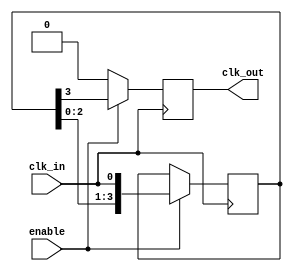
module delay_clock_buffer #(
    parameter DELAY_STAGES = 4  // Number of delay stages (configurable)
)(
    input wire clk_in,           // Input clock signal
    input wire enable,           // Enable signal
    output reg clk_out           // Output delayed clock signal
);

    // Internal registers for delay stages
    reg [DELAY_STAGES-1:0] delay_line;

    always @(posedge clk_in) begin
        if (enable) begin
            // Shift the delay line
            delay_line <= {delay_line[DELAY_STAGES-2:0], clk_in};
            // Output the last stage of the delay line
            clk_out <= delay_line[DELAY_STAGES-1];
        end else begin
            // If not enabled, hold clk_out low
            clk_out <= 1'b0;
        end
    end

endmodule